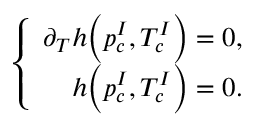
\left\{ \begin{array} { r } { \partial _ { T } h \Big ( p _ { c } ^ { I } , T _ { c } ^ { I } \Big ) = 0 , } \\ { h \Big ( p _ { c } ^ { I } , T _ { c } ^ { I } \Big ) = 0 . } \end{array} \right.